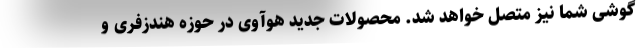
گوشی شما نیز متصل خواهد شد. محصولات جدید هوآوی در حوزه هندزفری و